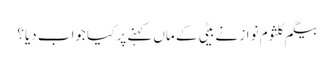
بیگم کلثوم نواز نے بیٹی کے ماں کہنے پر کیا جواب دیا؟